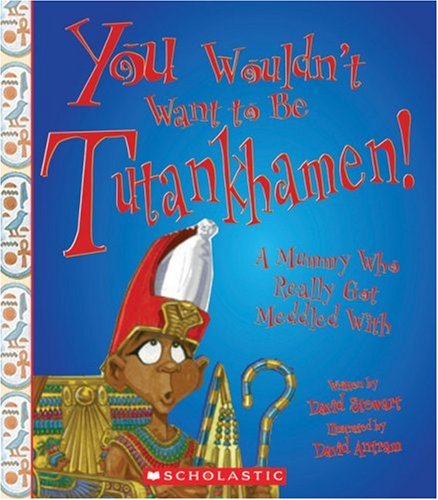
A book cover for You Wouldn't Want to Be Tutankhamen!: A Mummy Who Really Got Meddled with; David Stewart; Children's Books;